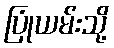
ပြုံယမ်းသို့